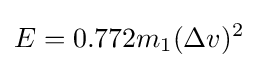
E=0.772m_{1}(\Delta v)^{2}